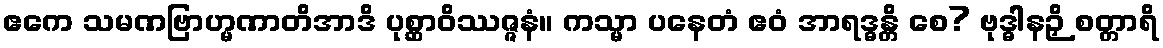
ဧကေ သမဏဗြာဟ္မဏာတိအာဒိ ပုစ္ဆာဝိဿဇ္ဇနံ။ ကသ္မာ ပနေတံ ဧဝံ အာရဒ္ဓန္တိ စေ? ဗုဒ္ဓါနဉှိ စတ္တာရိ